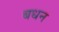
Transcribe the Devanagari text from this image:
बधन